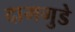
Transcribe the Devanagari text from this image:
दामगुडे